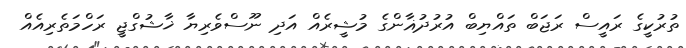
ތުރުކީގެ ރައީސް ރަޖަބް ތައްޔިބް އުރުދުޣާންގެ މުޝީރެއް އަދި ނޫސްވެރިޔާ ޚާޝުގްޖީ ރަހްމަތެރިއެއް